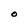
Character: O